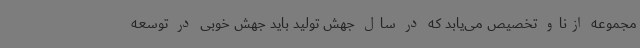
مجموعه ازناو تخصیص می‌یابد که در سال جهش تولید باید جهش خوبی در توسعه